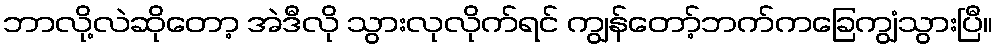
ဘာလို့လဲဆိုတော့ အဲဒီလို သွားလုလိုက်ရင် ကျွန်တော့်ဘက်ကခြေကျွံသွားပြီ။